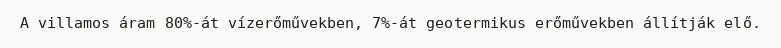
A villamos áram 80%-át vízerőművekben, 7%-át geotermikus erőművekben állítják elő.